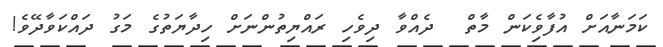
ކަމަނާއަށް އުފާވެިކަން މާތް  ދެއްވާ ދިވެހި ރައްޔިތުންނަށް ހިދާޔަތުގެ މަގު ދައްކަވާދޭވެ!